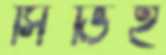
সিভিই